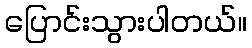
ပြောင်းသွားပါတယ်။